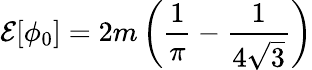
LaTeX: {\cal E}[\phi_{0}]=2m\left(\frac{1}{\pi}-\frac{1}{4\sqrt{3}}\right)